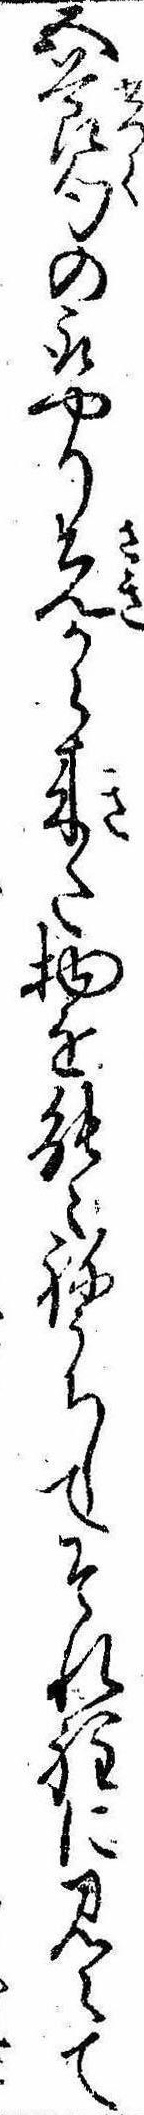
五節句の取やり先から来た物を能ゝねうちしてそれ程に見えて